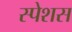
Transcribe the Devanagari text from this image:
स्पेशस